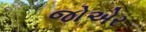
જોએર